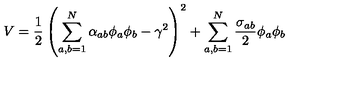
V = \frac { 1 } { 2 } \left( \sum _ { a , b = 1 } ^ { N } \alpha _ { a b } \phi _ { a } \phi _ { b } - \gamma ^ { 2 } \right) ^ { 2 } + \sum _ { a , b = 1 } ^ { N } \frac { \sigma _ { a b } } { 2 } \phi _ { a } \phi _ { b }